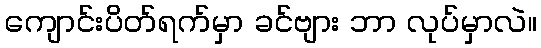
ကျောင်းပိတ်ရက်မှာ ခင်ဗျား ဘာ လုပ်မှာလဲ။